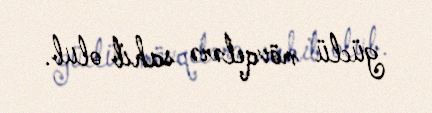
güclü mövqelərə sahib olub.